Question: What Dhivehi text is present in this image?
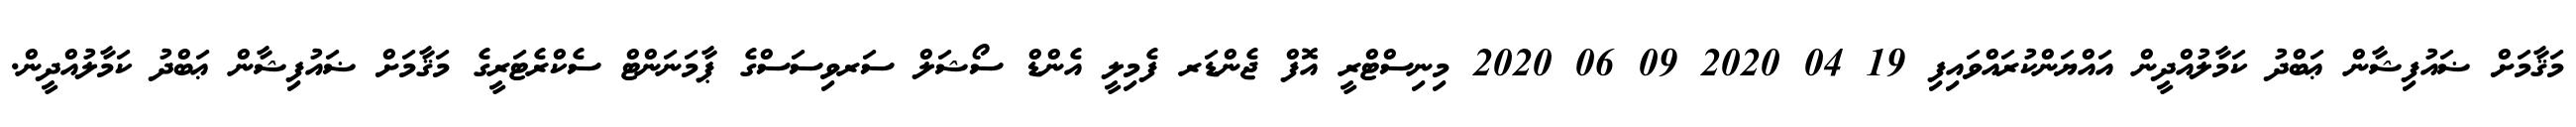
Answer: މަޤާމަށް ޟައުފިޝާން ޢަބްދު ކަމާލުއްދީން އައްޔަންކުރައްވައިފި 19 04 2020 09 06 2020 މިނިސްޓްރީ އޮފް ޖެންޑަރ ފެމިލީ އެންޑް ސޯޝަލް ސަރވިސަސްގެ ޕާމަނަންޓް ސެކްރެޓަރީގެ މަޤާމަށް ޟައުފިޝާން ޢަބްދު ކަމާލުއްދީން.